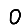
Digit: 0